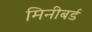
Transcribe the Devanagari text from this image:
मिनीबर्ड